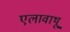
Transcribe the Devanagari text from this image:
एलावाथू